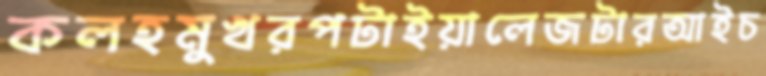
কলহমুখরপটাইয়ালেজটারআইচ